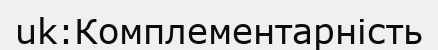
uk:Комплементарність